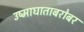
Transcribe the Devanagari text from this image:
उष्माघाताबरोबर